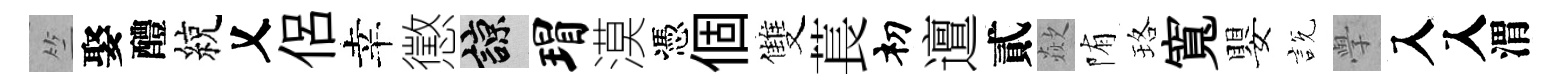
竺娶醴綂乂侶幸懲諒瑁漠憑個雙萇𥘉邅貳歘陏珞寬嬰説𭓕入入渭